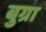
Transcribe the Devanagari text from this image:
बुग्रा